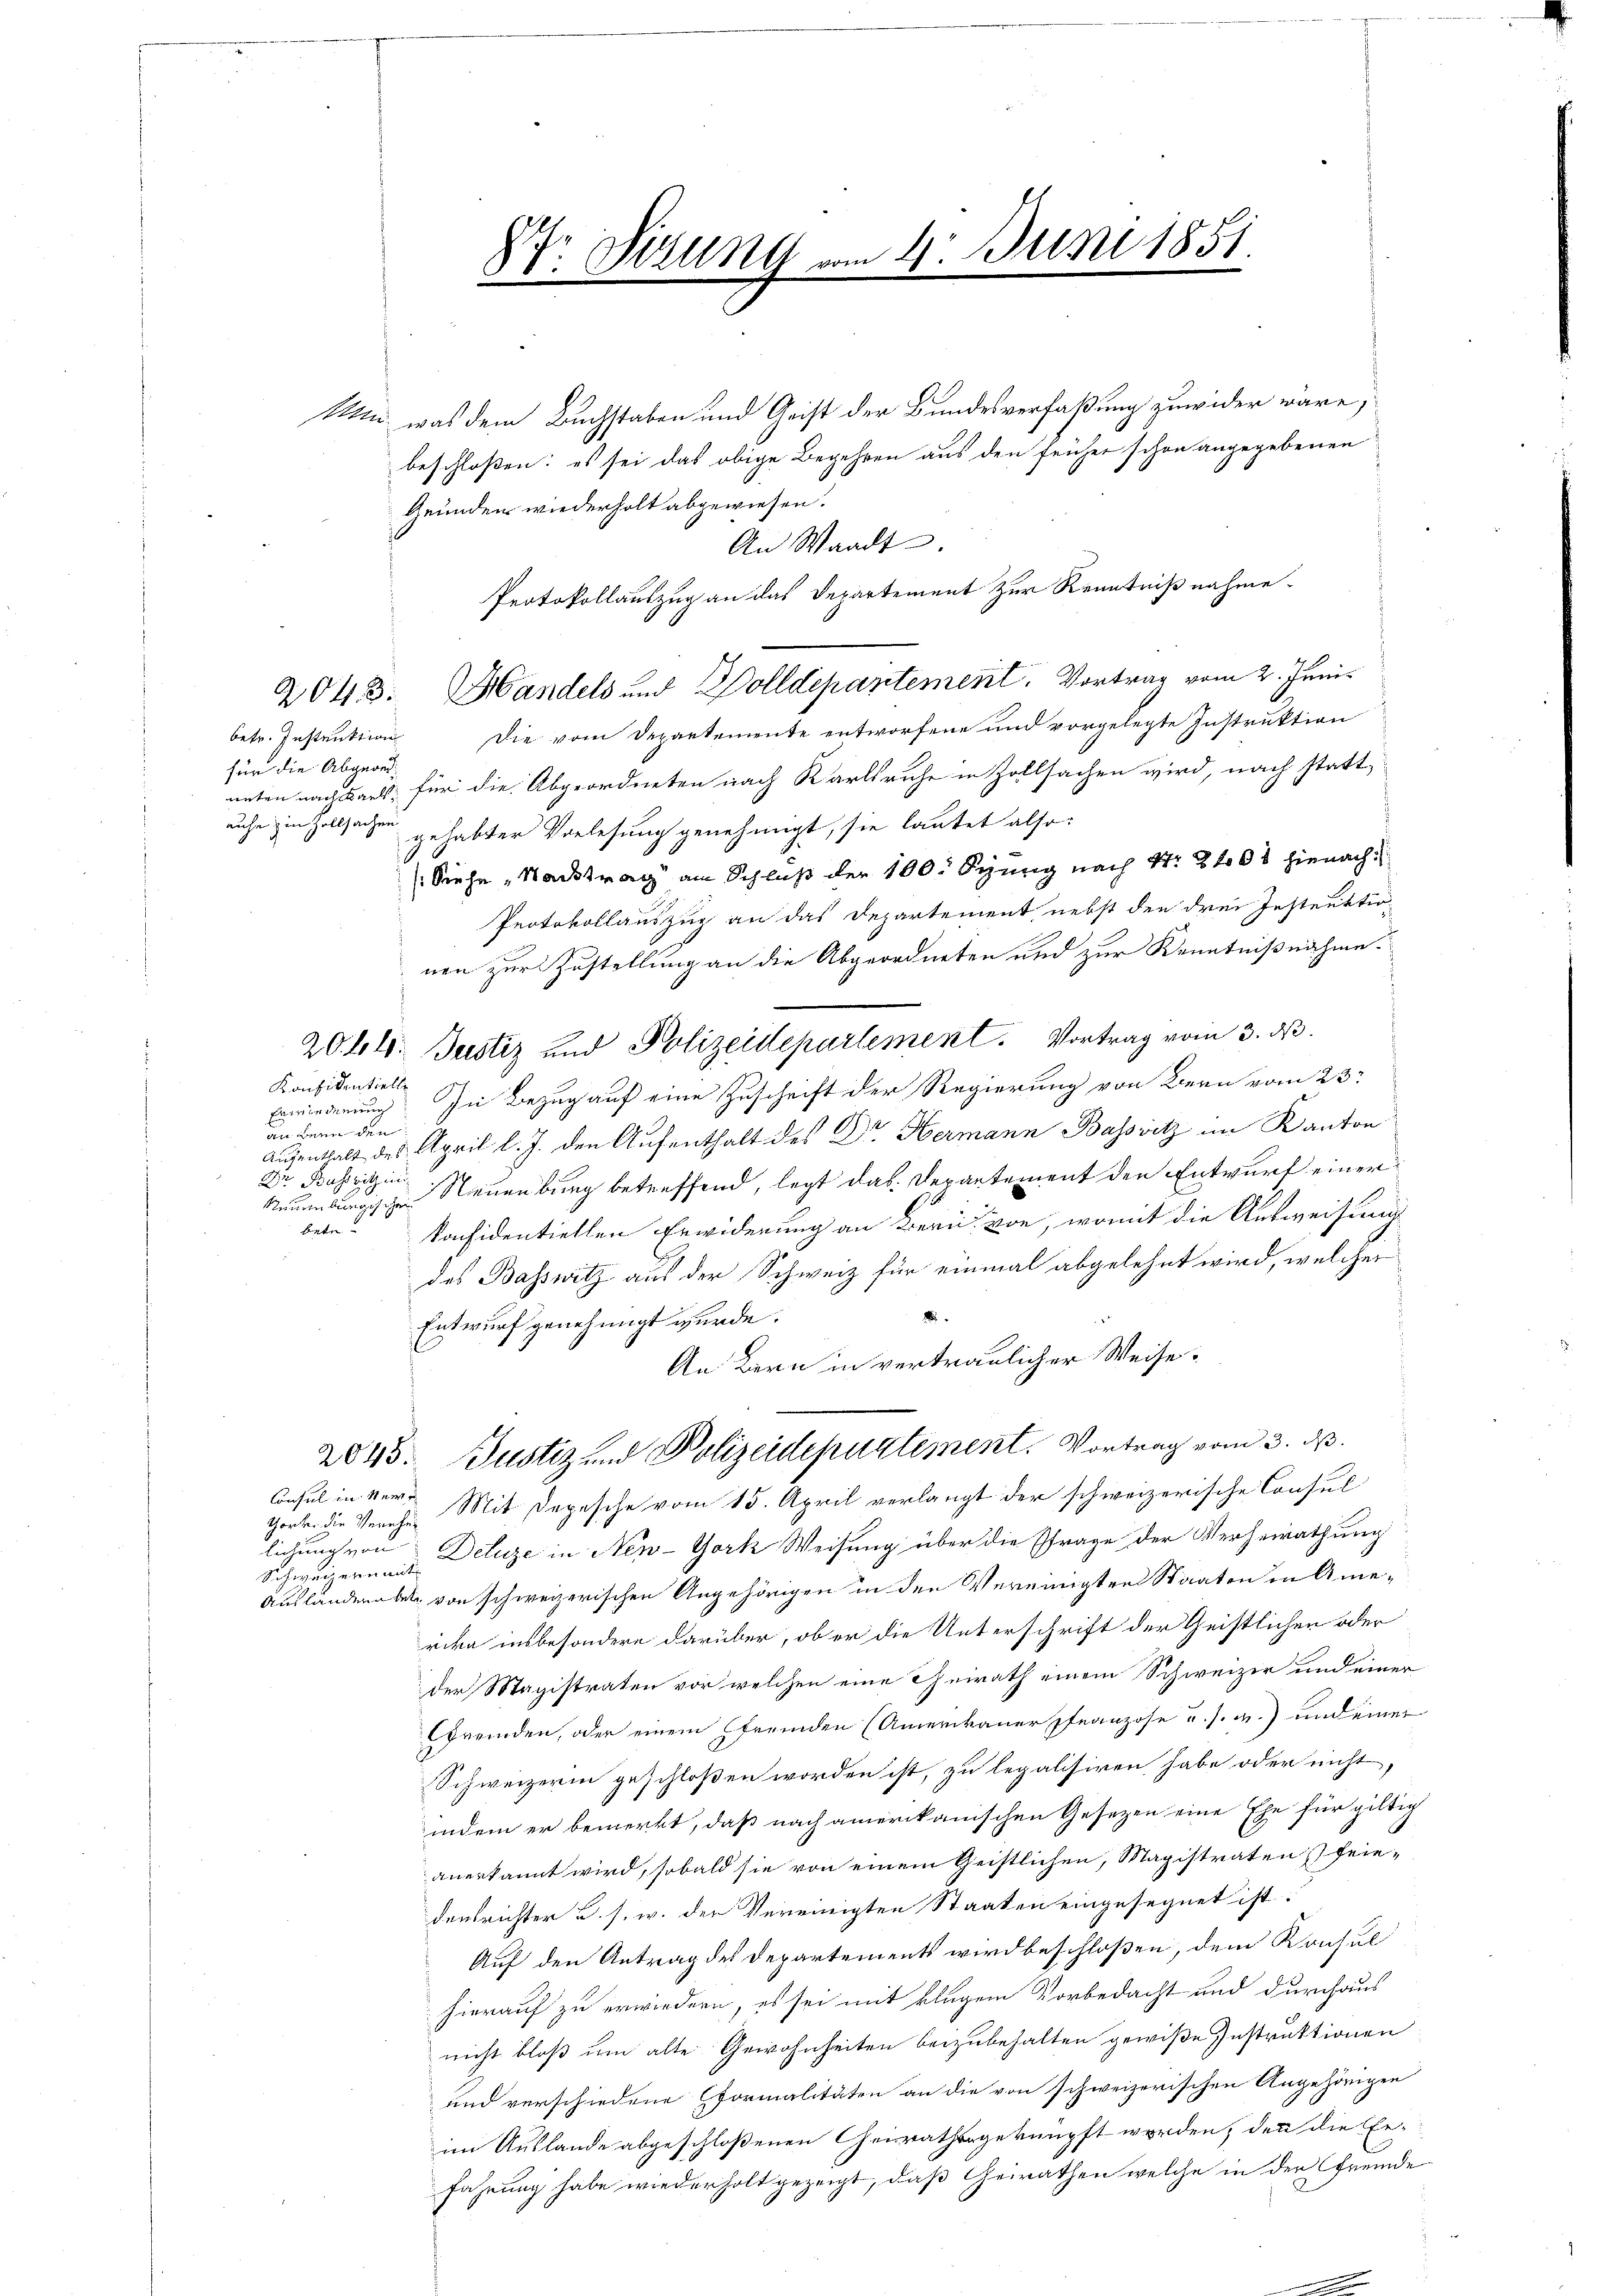
für die Abgeordauhe in Zollsachen

Dr. dirung vom 4. Juni 1851.

Protokollauszug an das Departement zur Kenntnißnahme.
2048. Handels und Dolldepartement. Vortrag vom 2. Juni

Mm, was dem Buchstaben und Geist der Bundesverfaßung zuwider wäre,
beschlossen: es sei das obige Begehren aus den früher schon angegebenen
Gründen wiederholt abgewiesen.
An Waadt
betr. Instruktion die vom Departemente entworfene und vorgelegte Instruktion
nnten nachbars, für die Abgeordneten nach Karlsruhe in Zollsachen wird, nach statt
gehabter Vorlesung genehmigt, sie lautet also:
(Siehe „Nachtrag am Schluß der 100. Seung nach No. 81008 hienach
Protokollauszug an das Departement, nebst den drei Instruktion
nen zur Zustellung an die Abgeordneten und zur Kenntnißnahme.
20 l. Justiz und Polizeidepartement. Vortrag vom 3. ds.
Konfidentielle
Erwiederung. In Bezug auf eine Zuschrift der Regierung von Bern vom 23.
an Bern den
Aufenthalt des April l. J. den Aufenthalt des Dr. Hermann Basssitz im Kanton
Dr Bassitz in
Neuenburg betreffend, legt das. Departement den Entwurf einer
Neuenburgische
betr. Konsidentiellen Erwiderung an Bern von, womit die Ausweisung
des Basswitz aus der Schweiz für einmal abgelehnt wird, welcher
2
Entwurf genehmigt wurde.
An Bern in vertraulicher Weise.
2045. Justiz und Polizeidepuztiment. Vortrag vom 3. ds.
Consul in der Mit Depesche vom 15. April verlangt der schweizerische Consul
Thörter die Verehel
lichung von Deluze in New-York Weisung über die Pfrage der Verheirathung
Schweizernant
Ausländern betz von schweizerischen Angehörigen in den Vereinigten Staaten in Amerika insbesondere darüber, ob er die Unterschrift der Geistlichen oder
der Magistraten vor welchen eine heirath einem Schweizer und einer
Gfremden, oder einem (fremden (Amerikaner franzose u. s. w.) und einer
Schweizerin geschloßen worden ist, zu legalisiren habe oder nicht
indem er bemerkt, daß nach amerikanischen Gesezen eine Ehe für giltig
anerkannt wird, sobald sie von einem Geistlichen, Magistraten feindensrichter u. s. w. der Vereinigten Staaten eingesegnet ist.
Auf den Antrag des Departements wird beschloßen, dem Konsul
hierauf zu erwiedern, es sei mit klugem Vorbedacht und durchaus
nicht bloß um alte Gewohnheiten beizubehalten gewiße Instruktionen
und verschiedene formalitäten an die von schweizerischen Angehörigen
im Auslande abgeschloßenen Geirathsgeknüpft worden, denn die Erfahrung habe wiederholt gezeigt, daß Geräthen welche in der fremde